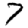
Digit: 7